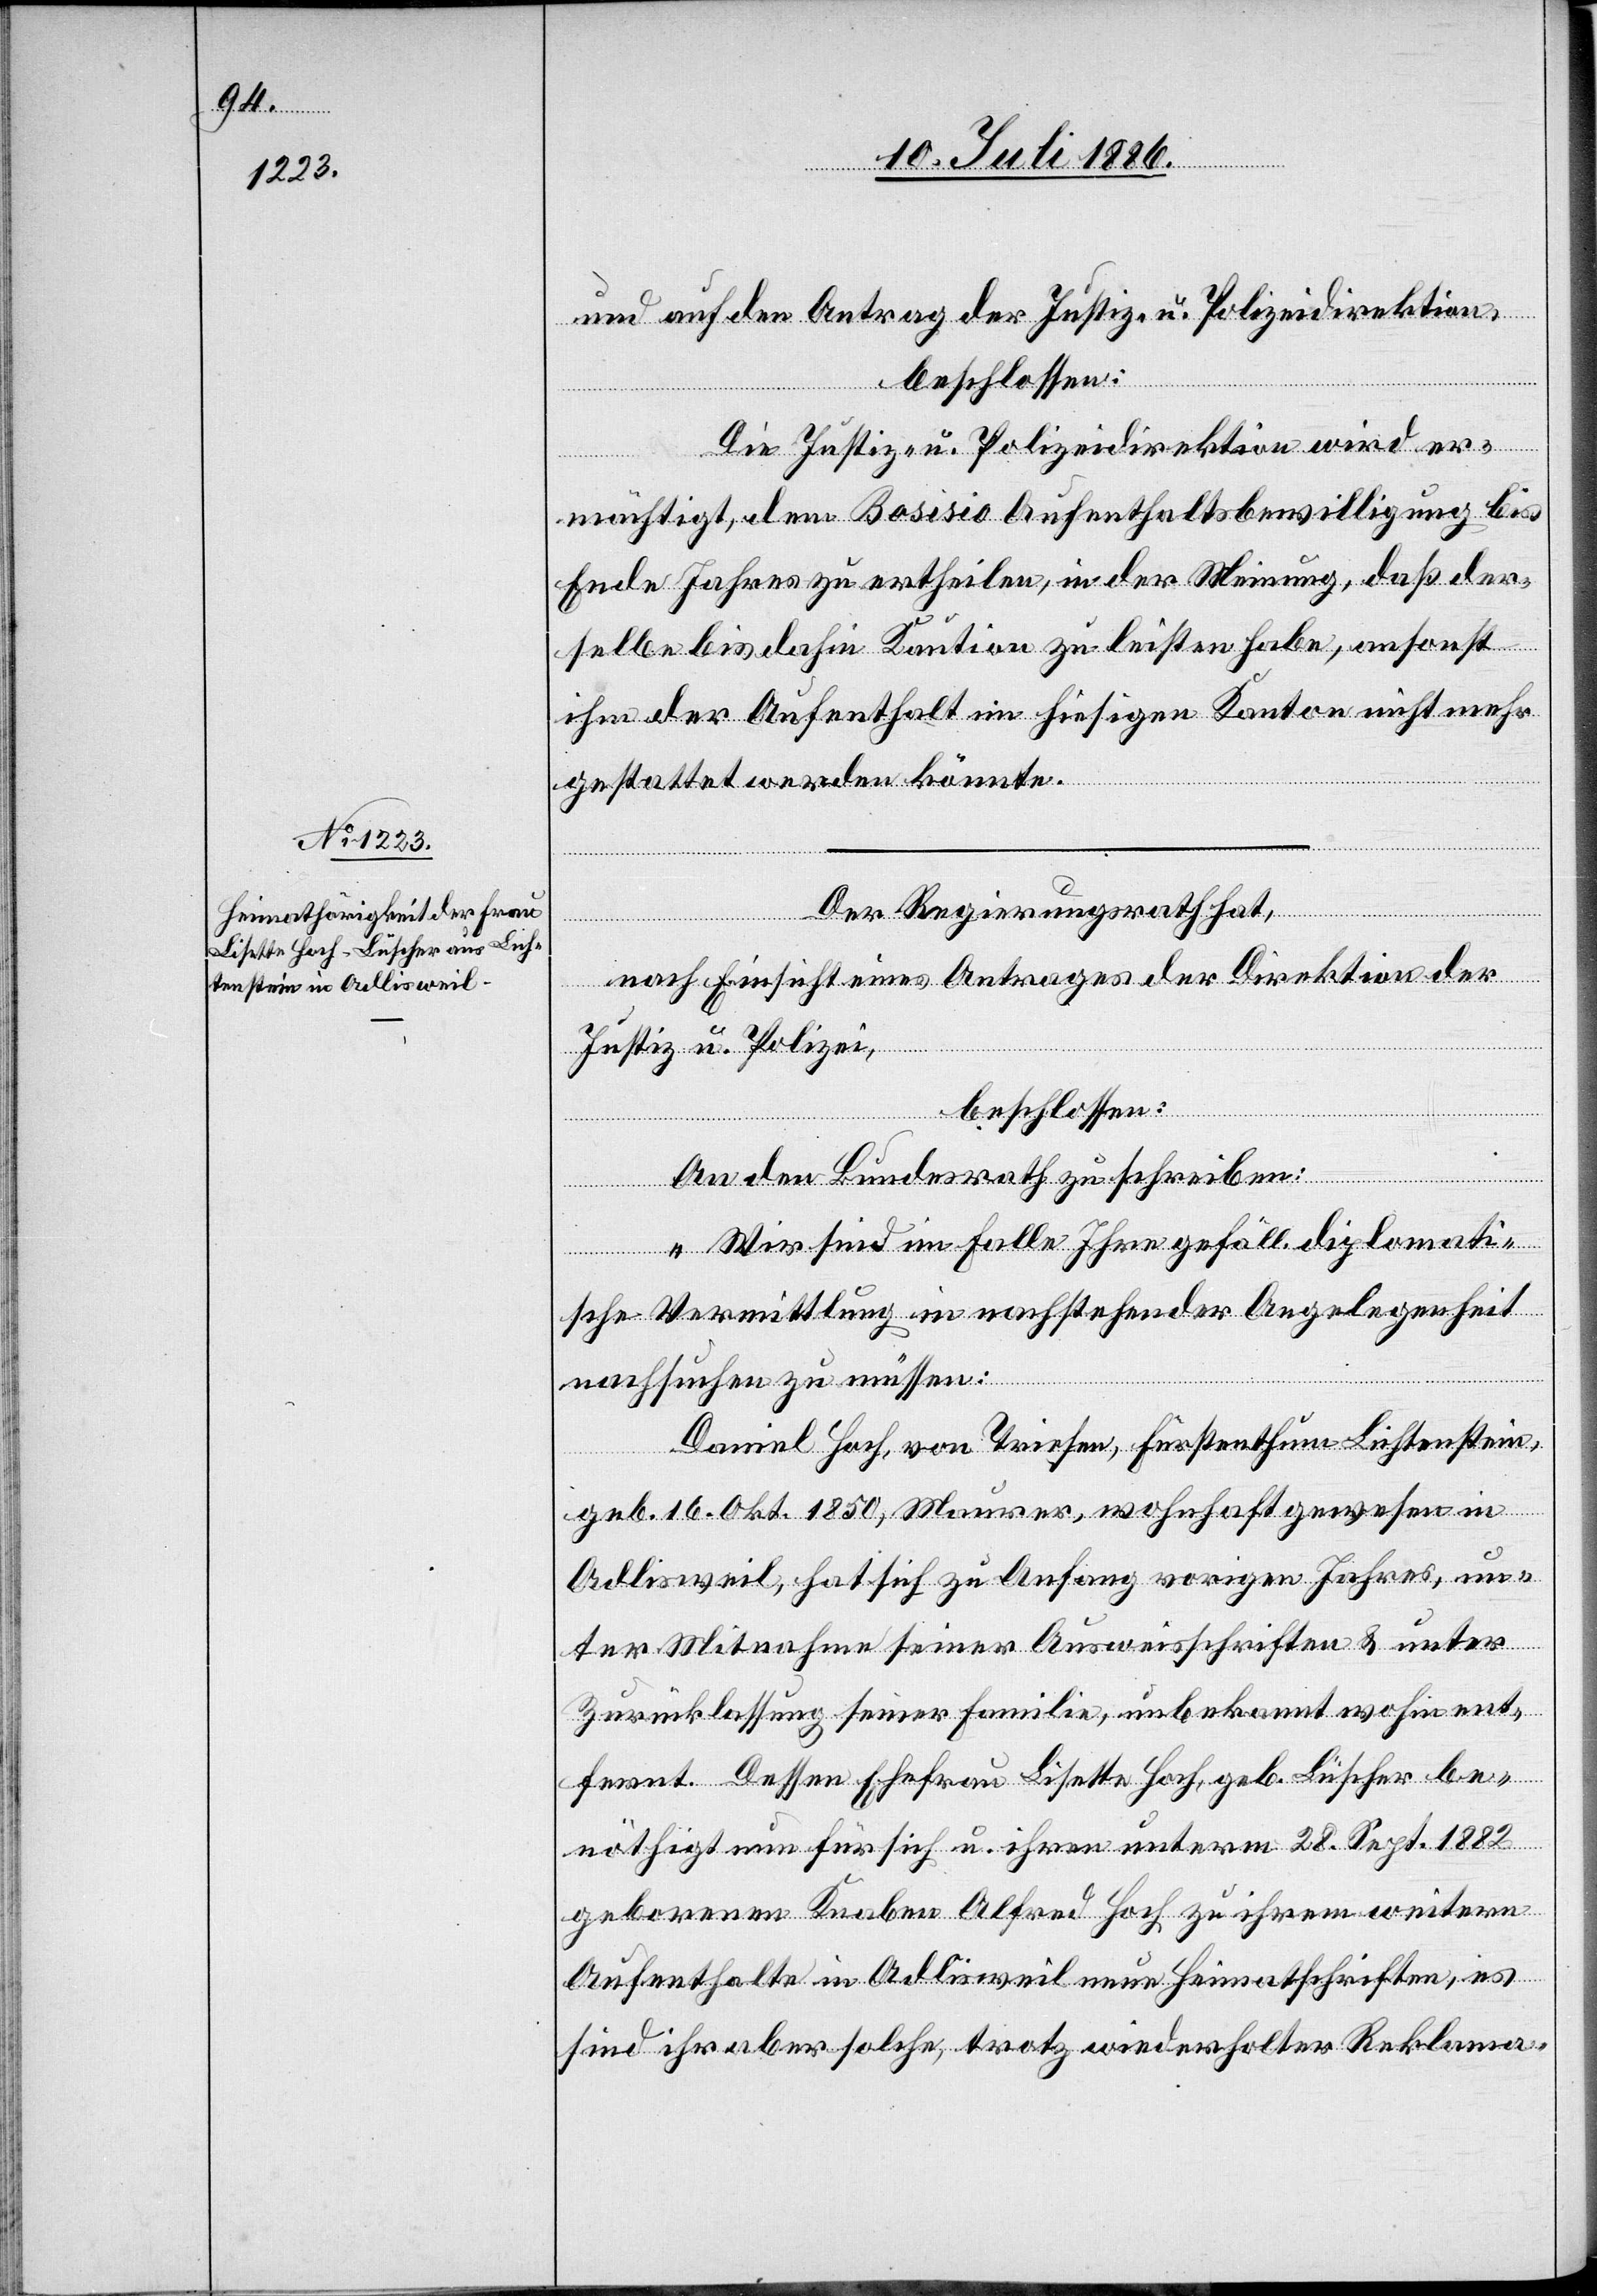
und auf den Antrag der Justiz- u. Polizeidirektion,
beschlossen:
Die Justiz- u. Polizeidirektion wird er¬
mächtigt, dem Bosisio Aufenthaltsbewilligung bis
Ende Jahres zu ertheilen, in der Meinung, daß der¬
selbe bis dahin Kaution zu leisten habe, ansonst
ihm der Aufenthalt im hiesigen Kanton nicht mehr
gestattet werden könnte.
Der Regierungsrath hat,
nach Einsicht eines Antrages der Direktion der
Justiz u. Polizei,
beschlossen:
An den Bundesrath zu schreiben:
„Wir sind im Falle Ihre gefäll. diplomati¬
sche Vermittlung in nachstehender Angelegenheit
nachsuchen zu müssen:
Daniel Hoch, von Triesen, Fürstenthum Lichtenstein,
geb. 16. Okt. 1850, Maurer, wohnhaft gewesen in
Adlisweil, hat sich zu Anfang vorigen Jahres, un¬
ter Mitnahme seiner Ausweisschriften & unter
Zurücklassung seiner Familie, unbekannt wohin ent¬
fernt. Dessen Ehefrau Lisette Hoch, geb. Lüscher be¬
nöthigt nun für sich u. ihren unterm 28. Sept. 1882
geborenen Knaben Alfred Hoch zu ihrem weitern
Aufenthalte in Adlisweil neue Heimatschriften, es
sind ihr aber solche, trotz wiederholter Reklama-